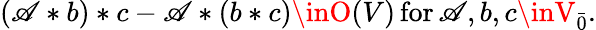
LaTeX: (\mathscr{A}*b)*c-\mathscr{A}*(b*c)\inO(V)\, \mathrm{{for}}\, \mathscr{A},b,c\inV_{\bar{{0}}}.